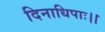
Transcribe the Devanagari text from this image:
दिनाधिपाः।।